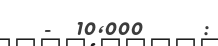
-  10